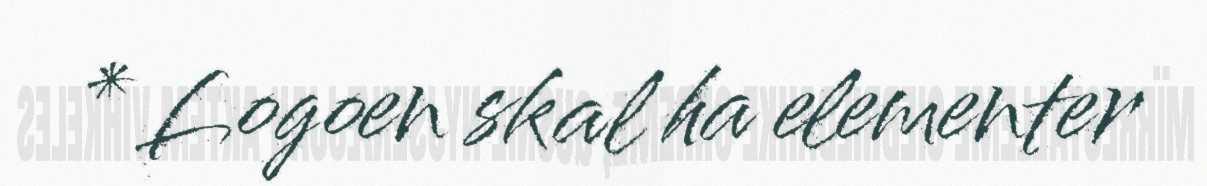
* Logoen skal ha elementer